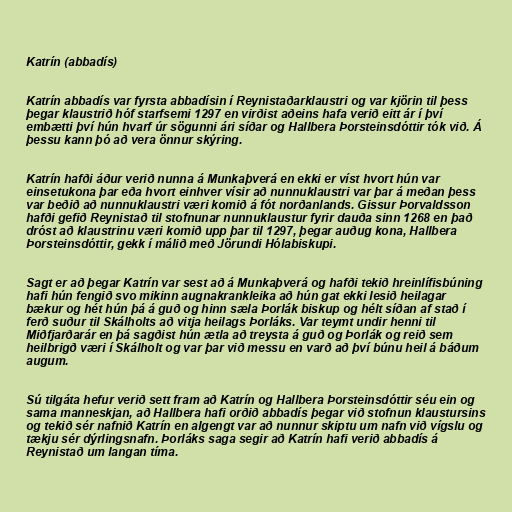
Katrín (abbadís)

Katrín abbadís var fyrsta abbadísin í Reynistaðarklaustri og var kjörin til þess
þegar klaustrið hóf starfsemi 1297 en virðist aðeins hafa verið eitt ár í því
embætti því hún hvarf úr sögunni ári síðar og Hallbera Þorsteinsdóttir tók við. Á
þessu kann þó að vera önnur skýring.

Katrín hafði áður verið nunna á Munkaþverá en ekki er víst hvort hún var
einsetukona þar eða hvort einhver vísir að nunnuklaustri var þar á meðan þess
var beðið að nunnuklaustri væri komið á fót norðanlands. Gissur Þorvaldsson
hafði gefið Reynistað til stofnunar nunnuklaustur fyrir dauða sinn 1268 en það
dróst að klaustrinu væri komið upp þar til 1297, þegar auðug kona, Hallbera
Þorsteinsdóttir, gekk í málið með Jörundi Hólabiskupi.

Sagt er að þegar Katrín var sest að á Munkaþverá og hafði tekið hreinlífisbúning
hafi hún fengið svo mikinn augnakrankleika að hún gat ekki lesið heilagar
bækur og hét hún þá á guð og hinn sæla Þorlák biskup og hélt síðan af stað í
ferð suður til Skálholts að vitja heilags Þorláks. Var teymt undir henni til
Miðfjarðarár en þá sagðist hún ætla að treysta á guð og Þorlák og reið sem
heilbrigð væri í Skálholt og var þar við messu en varð að því búnu heil á báðum
augum.

Sú tilgáta hefur verið sett fram að Katrín og Hallbera Þorsteinsdóttir séu ein og
sama manneskjan, að Hallbera hafi orðið abbadís þegar við stofnun klaustursins
og tekið sér nafnið Katrín en algengt var að nunnur skiptu um nafn við vígslu og
tækju sér dýrlingsnafn. Þorláks saga segir að Katrín hafi verið abbadís á
Reynistað um langan tíma.